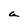
Character: a